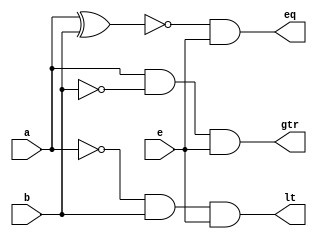
module comparator(gtr, eq, lt, a, b, e);

input a,b,e;
output gtr, eq, lt;

assign gtr = a & (~b) & e;
assign eq =  ~(a^b) & e;
assign lt = (~a)&b&e;

endmodule